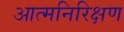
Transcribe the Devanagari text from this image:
आत्मनिरिक्षण